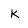
Character: K